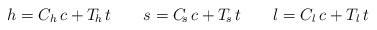
LaTeX: \begin{align*}h=C_{h}\,c+T_{\!h}\,t\qquad s=C_{\! s}\,c+T_{\! s}\,t\qquad l=C_{l}\,c+T_{l}\,t\end{align*}